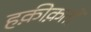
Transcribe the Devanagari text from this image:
हक़ीक़तों